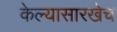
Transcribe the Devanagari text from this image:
केल्यासारखेच